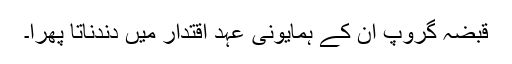
قبضہ گروپ ان کے ہمایونی عہد اقتدار میں دندناتا پھرا۔